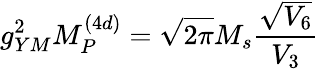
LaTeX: g_{YM}^{2}M_{P}^{(4d)}=\sqrt{2\pi}M_{s}\frac{\sqrt{V_{6}}}{V_{3}}